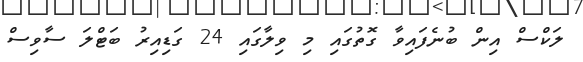
ލަކްސް އިން ބުނެފައިވާ ގޮތުގައި މި ވިލާގައި 24 ގަޑިއިރު ބަޓްލަ ސާވިސް